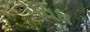
વિધ